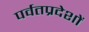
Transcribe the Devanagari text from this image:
पर्वतप्रदेशों